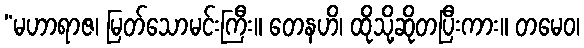
“မဟာရာဇ၊ မြတ်သောမင်းကြီး။ တေနဟိ၊ ထိုသို့ဆိုတပြီးကား။ တမေဝ၊